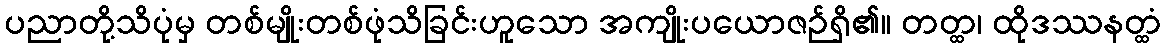
ပညာတို့သိပုံမှ တစ်မျိုးတစ်ဖုံသိခြင်းဟူသော အကျိုးပယောဇဉ်ရှိ၏။ တတ္ထ၊ ထိုဒဿနတ္ထံ